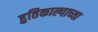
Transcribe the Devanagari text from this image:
हुतिकाल्पाच्या